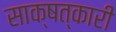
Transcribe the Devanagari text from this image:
साक्षत्कारी